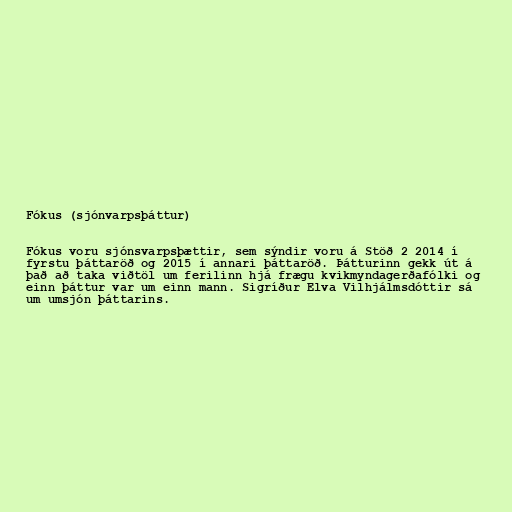
Fókus (sjónvarpsþáttur)

Fókus voru sjónsvarpsþættir, sem sýndir voru á Stöð 2 2014 í
fyrstu þáttaröð og 2015 í annari þáttaröð. Þátturinn gekk út á
það að taka viðtöl um ferilinn hjá frægu kvikmyndagerðafólki og
einn þáttur var um einn mann. Sigríður Elva Vilhjálmsdóttir sá
um umsjón þáttarins.